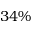
3 4 \%